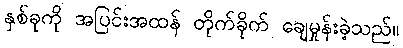
နှစ်ခုကို အပြင်းအထန် တိုက်ခိုက် ချေမှုန်းခဲ့သည်။